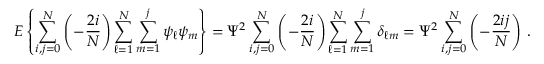
E \left\{ \sum _ { i , j = 0 } ^ { N } \left( - { \frac { 2 i } { N } } \right) \sum _ { \ell = 1 } ^ { N } \sum _ { m = 1 } ^ { j } \psi _ { \ell } \psi _ { m } \right\} = \Psi ^ { 2 } \sum _ { i , j = 0 } ^ { N } \left( - { \frac { 2 i } { N } } \right) \sum _ { \ell = 1 } ^ { N } \sum _ { m = 1 } ^ { j } \delta _ { \ell m } = \Psi ^ { 2 } \sum _ { i , j = 0 } ^ { N } \left( - { \frac { 2 i j } { N } } \right) \, .